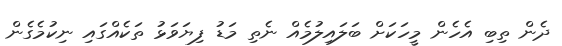
ދެން ތިބި އެހެން މީހަކަށް ބަލައިލުމެއް ނެތި މަޑު ފިޔަވަޅު ތަކެއްގައި ނިކުމެގެން